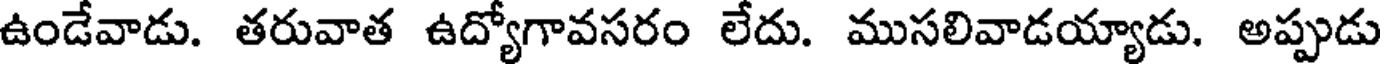
ఉండేవాడు. తరువాత ఉద్యోగావసరం లేదు. ముసలివాడయ్యాడు. అప్పుడు